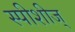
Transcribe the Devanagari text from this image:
स्पीशीज्